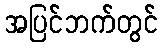
အပြင်ဘက်တွင်